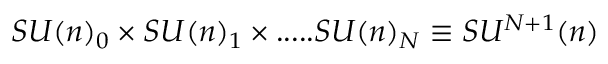
S U ( n ) _ { 0 } \times S U ( n ) _ { 1 } \times . . . . . S U ( n ) _ { N } \equiv S U ^ { N + 1 } ( n )